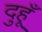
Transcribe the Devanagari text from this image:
दुहूँ